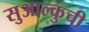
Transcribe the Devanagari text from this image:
सुआल्कुची